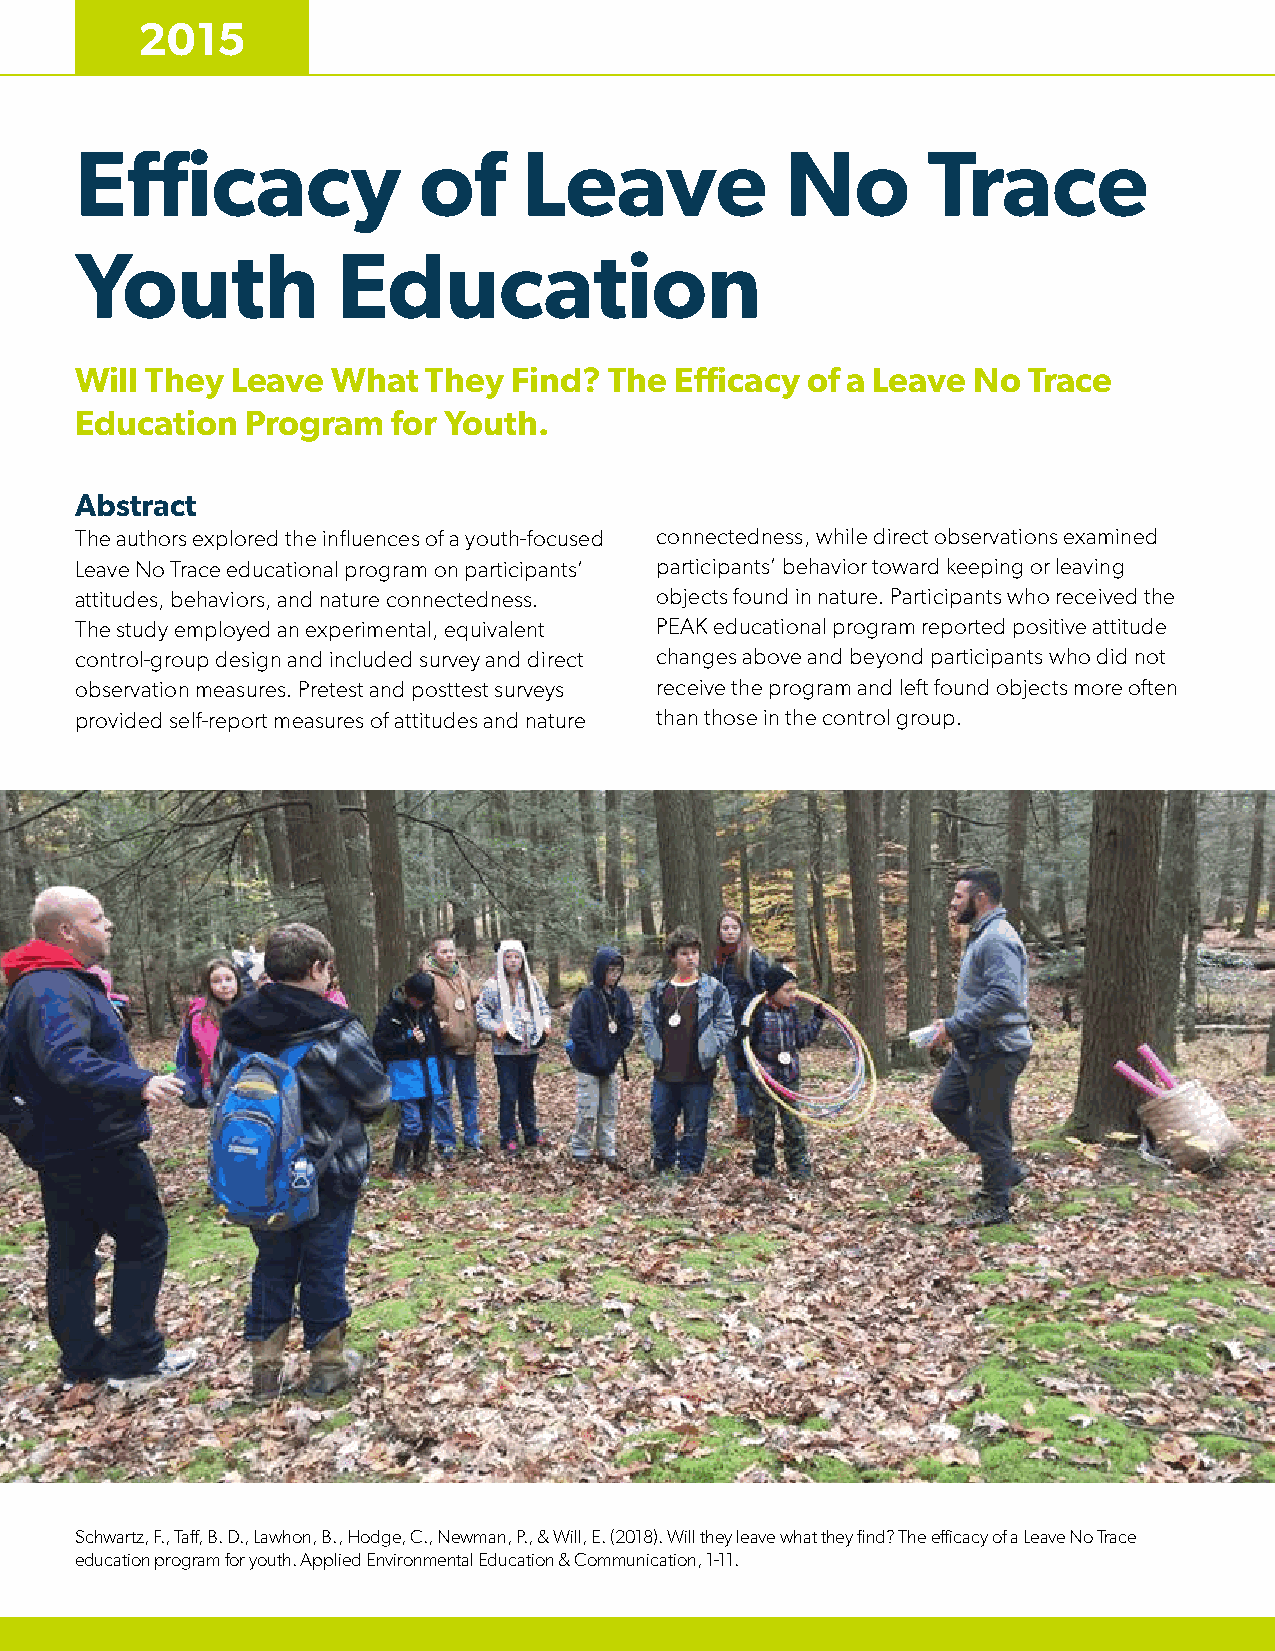
2015
 Efficacy               of     Leave            No       Trace
 Youth            Education
 Will They Leave  What  They  Find? The  Efficacy of a Leave No Trace
 Education  Program   for Youth.
 Abstract
 The authors explored the influences of a youth-focused connectedness, while direct observations examined
 Leave No Trace educational program on participants’ participants’ behavior toward keeping or leaving
 attitudes, behaviors, and nature connectedness. objects found in nature. Participants who received the
 The study employed an experimental, equivalent PEAK educational program reported positive attitude
 control-group design and included survey and direct changes above and beyond participants who did not
 observation measures. Pretest and posttest surveys receive the program and left found objects more often
 provided self-report measures of attitudes and nature than those in the control group.
 Schwartz, F., Taff, B. D., Lawhon, B., Hodge, C., Newman, P., & Will, E. (2018). Will they leave what they find? The efficacy of a Leave No Trace
 education program for youth. Applied Environmental Education & Communication, 1-11.